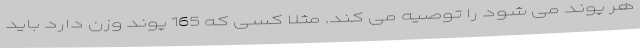
هر پوند می شود را توصیه می کند. مثلا کسی که 165 پوند وزن دارد باید